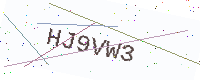
Text: HJ9VW3